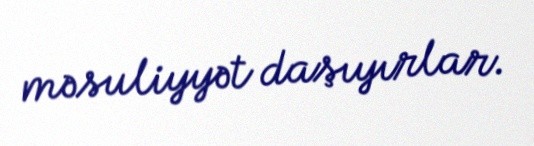
məsuliyyət daşıyırlar.